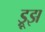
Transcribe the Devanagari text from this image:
ड्रूझ